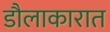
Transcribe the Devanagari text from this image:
डौलाकारात